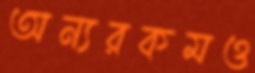
অন্যরকমও